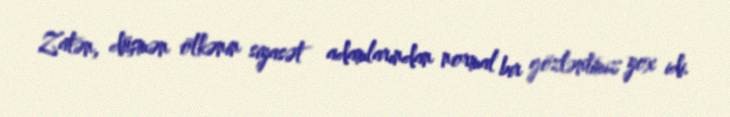
Zatən, düşmən ölkənin siyasət adamlarından normal bir gözləntimiz yox idi.